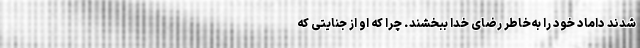
شدند داماد خود را به‌خاطر رضای خدا ببخشند. چرا که او از جنایتی که